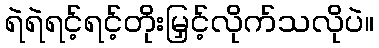
ရဲရဲရင့်ရင့်တိုးမြှင့်လိုက်သလိုပဲ။